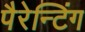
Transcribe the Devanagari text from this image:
पैरेन्टिंग